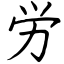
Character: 労